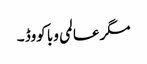
مگر عالمی وبا کووڈ ۔